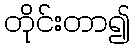
တိုင်းတာ၍